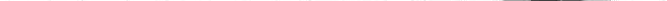
___